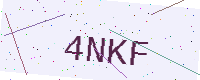
Text: 4NKF